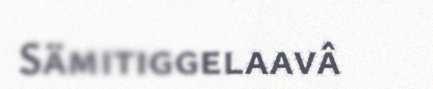
Sämitiggelaavâ